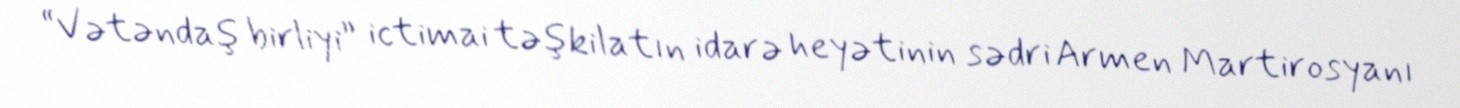
“Vətəndaş birliyi” ictimai təşkilatın idarə heyətinin sədri Armen Martirosyanı